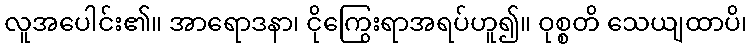
လူအပေါင်း၏။ အာရောဒနာ၊ ငိုကြွေးရာအရပ်ဟူ၍။ ဝုစ္စတိ သေယျထာပိ၊